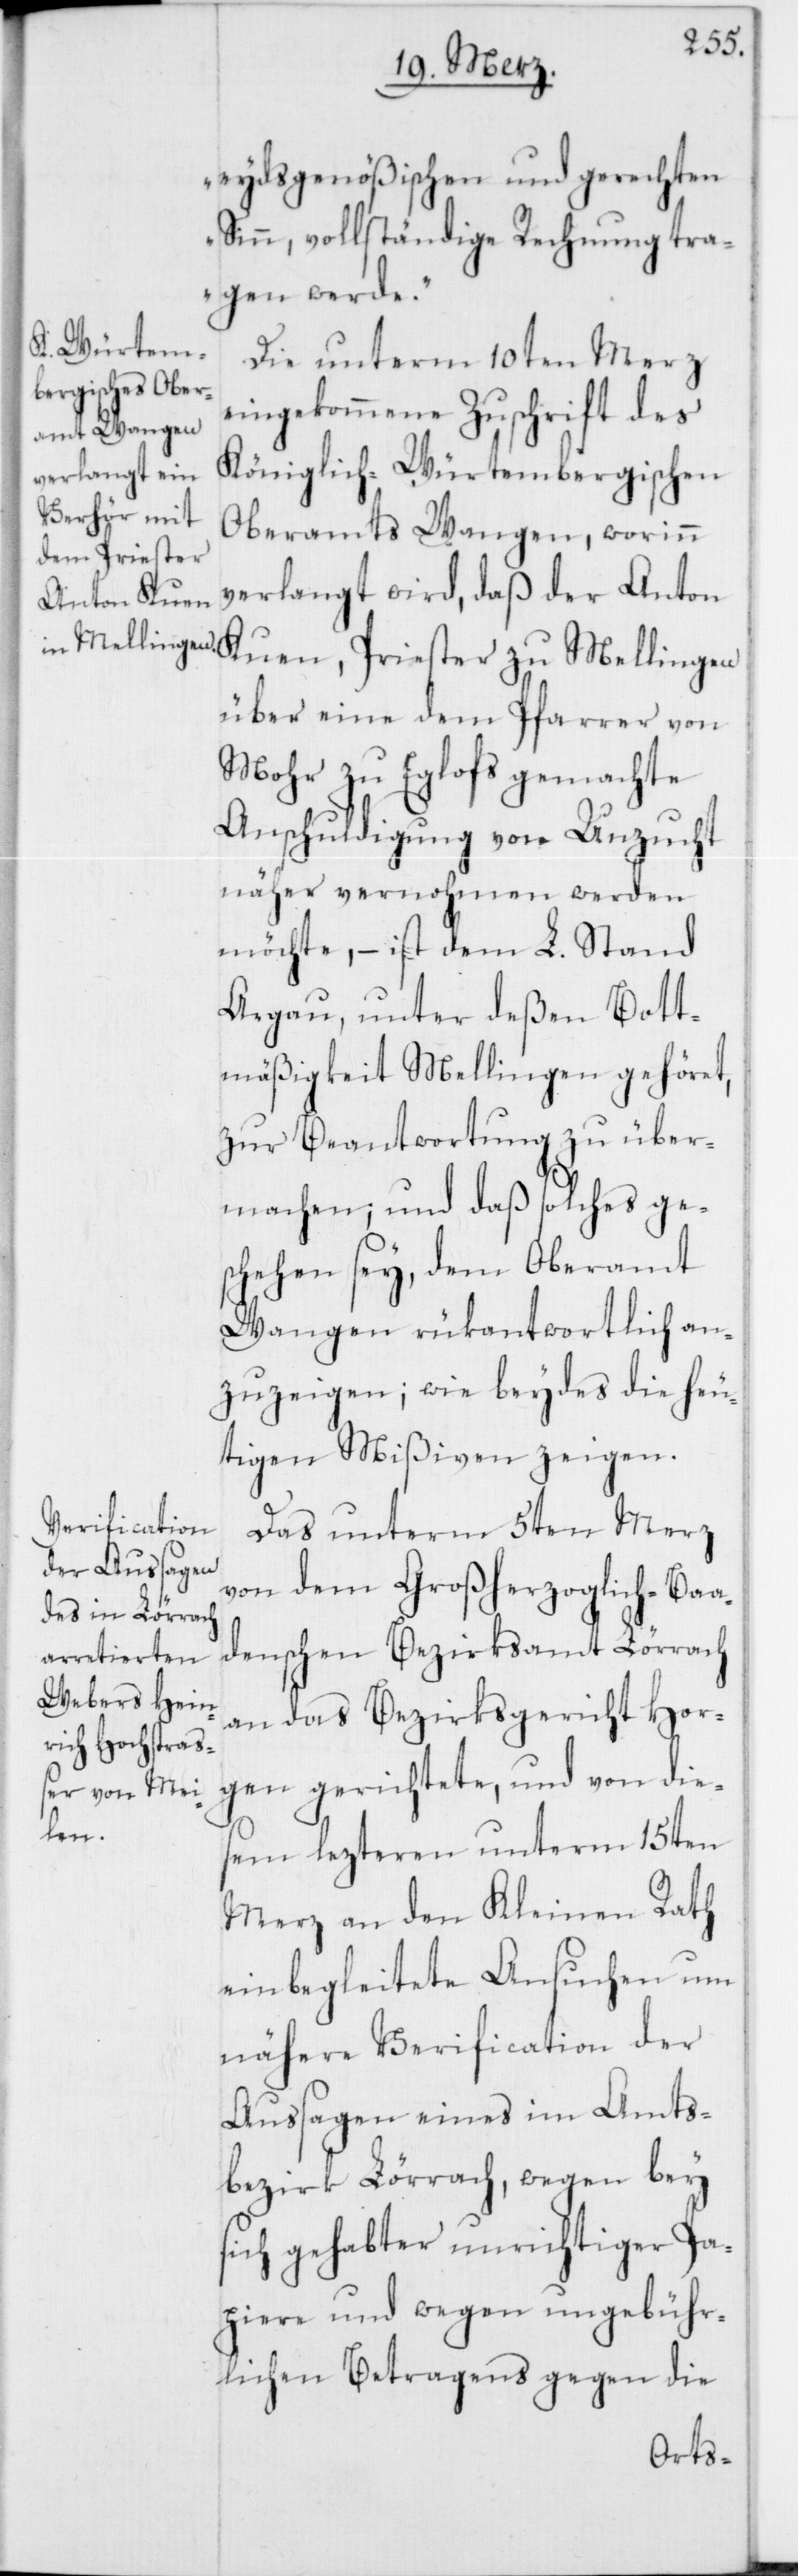
eydsgenößischen und gerechten
Sinn, vollständige Rechnung tra¬
gen werde.“
Die unterm 10ten Merz
eingekommene Zuschrift des
Königlich-Würtembergischen
Oberamts Wangen, worinn
verlangt wird, daß der Anton
Kuen, Priester zu Mellingen
über eine dem Pfarrer von
Mohr zu Eglofs gemachte
Anschuldigung von Unzucht
näher vernohmen werden
möchte, – ist dem L. Stand
Argau, unter deßen Bott¬
mäßigkeit Mellingen gehöret,
zur Beantwortung zu über¬
machen; und daß solches ges¬
chehen sey, dem Oberamt
Wangen rükantwortlich an¬
zuzeigen; wie beydes die heu¬
tigen Mißiven zeigen.
Das unterm 5ten Merz
von dem Großherzoglich-Baa¬
denschen Bezirksamt Lörrach
an das Bezirksgericht Hor¬
gen gerichtete, und von die¬
sem lezteren unterm 15ten
Merz an den Kleinen Rath
einbegleitete Ansuchen um
nähere Verification der
Aussagen eines im Amts¬
bezirk Lörrach, wegen bey
sich gehabter unrichtiger Pa¬
piere und wegen ungebühr¬
lichen Betragens gegen die